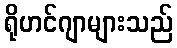
ရိုဟင်ဂျာများသည်